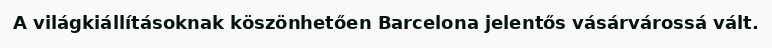
A világkiállításoknak köszönhetően Barcelona jelentős vásárvárossá vált.